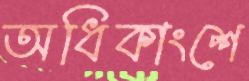
অধিকাংশে